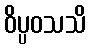
ဝိပ္ပဝသသိ